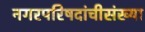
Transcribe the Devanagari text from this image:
नगरपरिषदांचीसंख्या